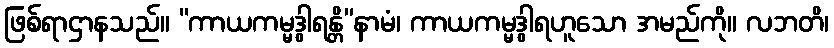
ဖြစ်ရာဌာနသည်။ “ကာယကမ္မဒွါရန္တိ”နာမံ၊ ကာယကမ္မဒွါရဟူသော အမည်ကို။ လဘတိ၊